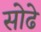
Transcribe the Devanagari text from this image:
सोढे